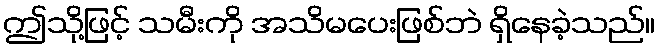
ဤသို့ဖြင့် သမီးကို အသိမပေးဖြစ်ဘဲ ရှိနေခဲ့သည်။